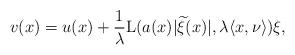
LaTeX: \begin{align*}v(x)=u(x)+\frac{1}{\lambda}\mathrm L(a(x)|\widetilde \xi(x)|,\lambda \langle x,\nu\rangle)\xi,\end{align*}